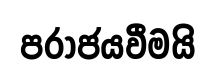
පරාජයවීමයි